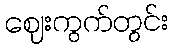
ဈေးကွက်တွင်း